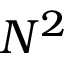
N ^ { 2 }